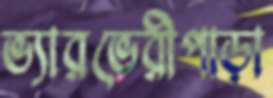
ভ্যারভেরীপাড়া